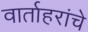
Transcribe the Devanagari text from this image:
वार्ताहरांचे